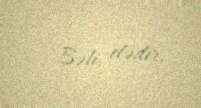
- Bəli, elədir.